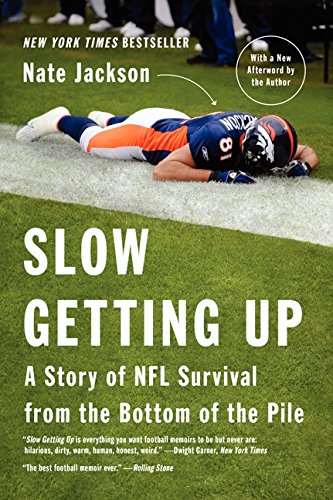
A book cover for Slow Getting Up: A Story of NFL Survival from the Bottom of the Pile; Nate Jackson; Biographies & Memoirs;